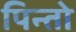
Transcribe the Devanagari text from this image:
पिन्तो